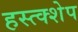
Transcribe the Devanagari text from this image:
हस्त्क्शेप